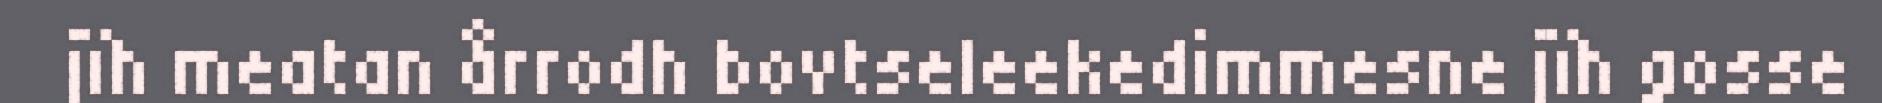
jïh meatan årrodh bovtseleekedimmesne jïh gosse